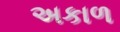
અકાળ